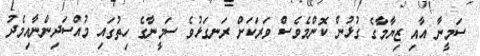
ސަމީނާ އާއި ޒިޔާމާގެ ގުޅުން ކޮންމެވެސް ވަރަކަށް ރަނގަޅުވެ ސަމީނާގެ ހިތުގައި މުއްސަދިންނާއިމެދު